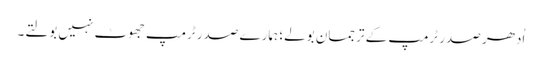
اُدھر صدر ٹرمپ کے ترجمان بولے؛ ہمارے صدر ٹرمپ جھوٹ نہیں بولتے۔